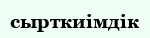
сырткиімдік